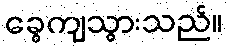
ခွေကျသွားသည်။